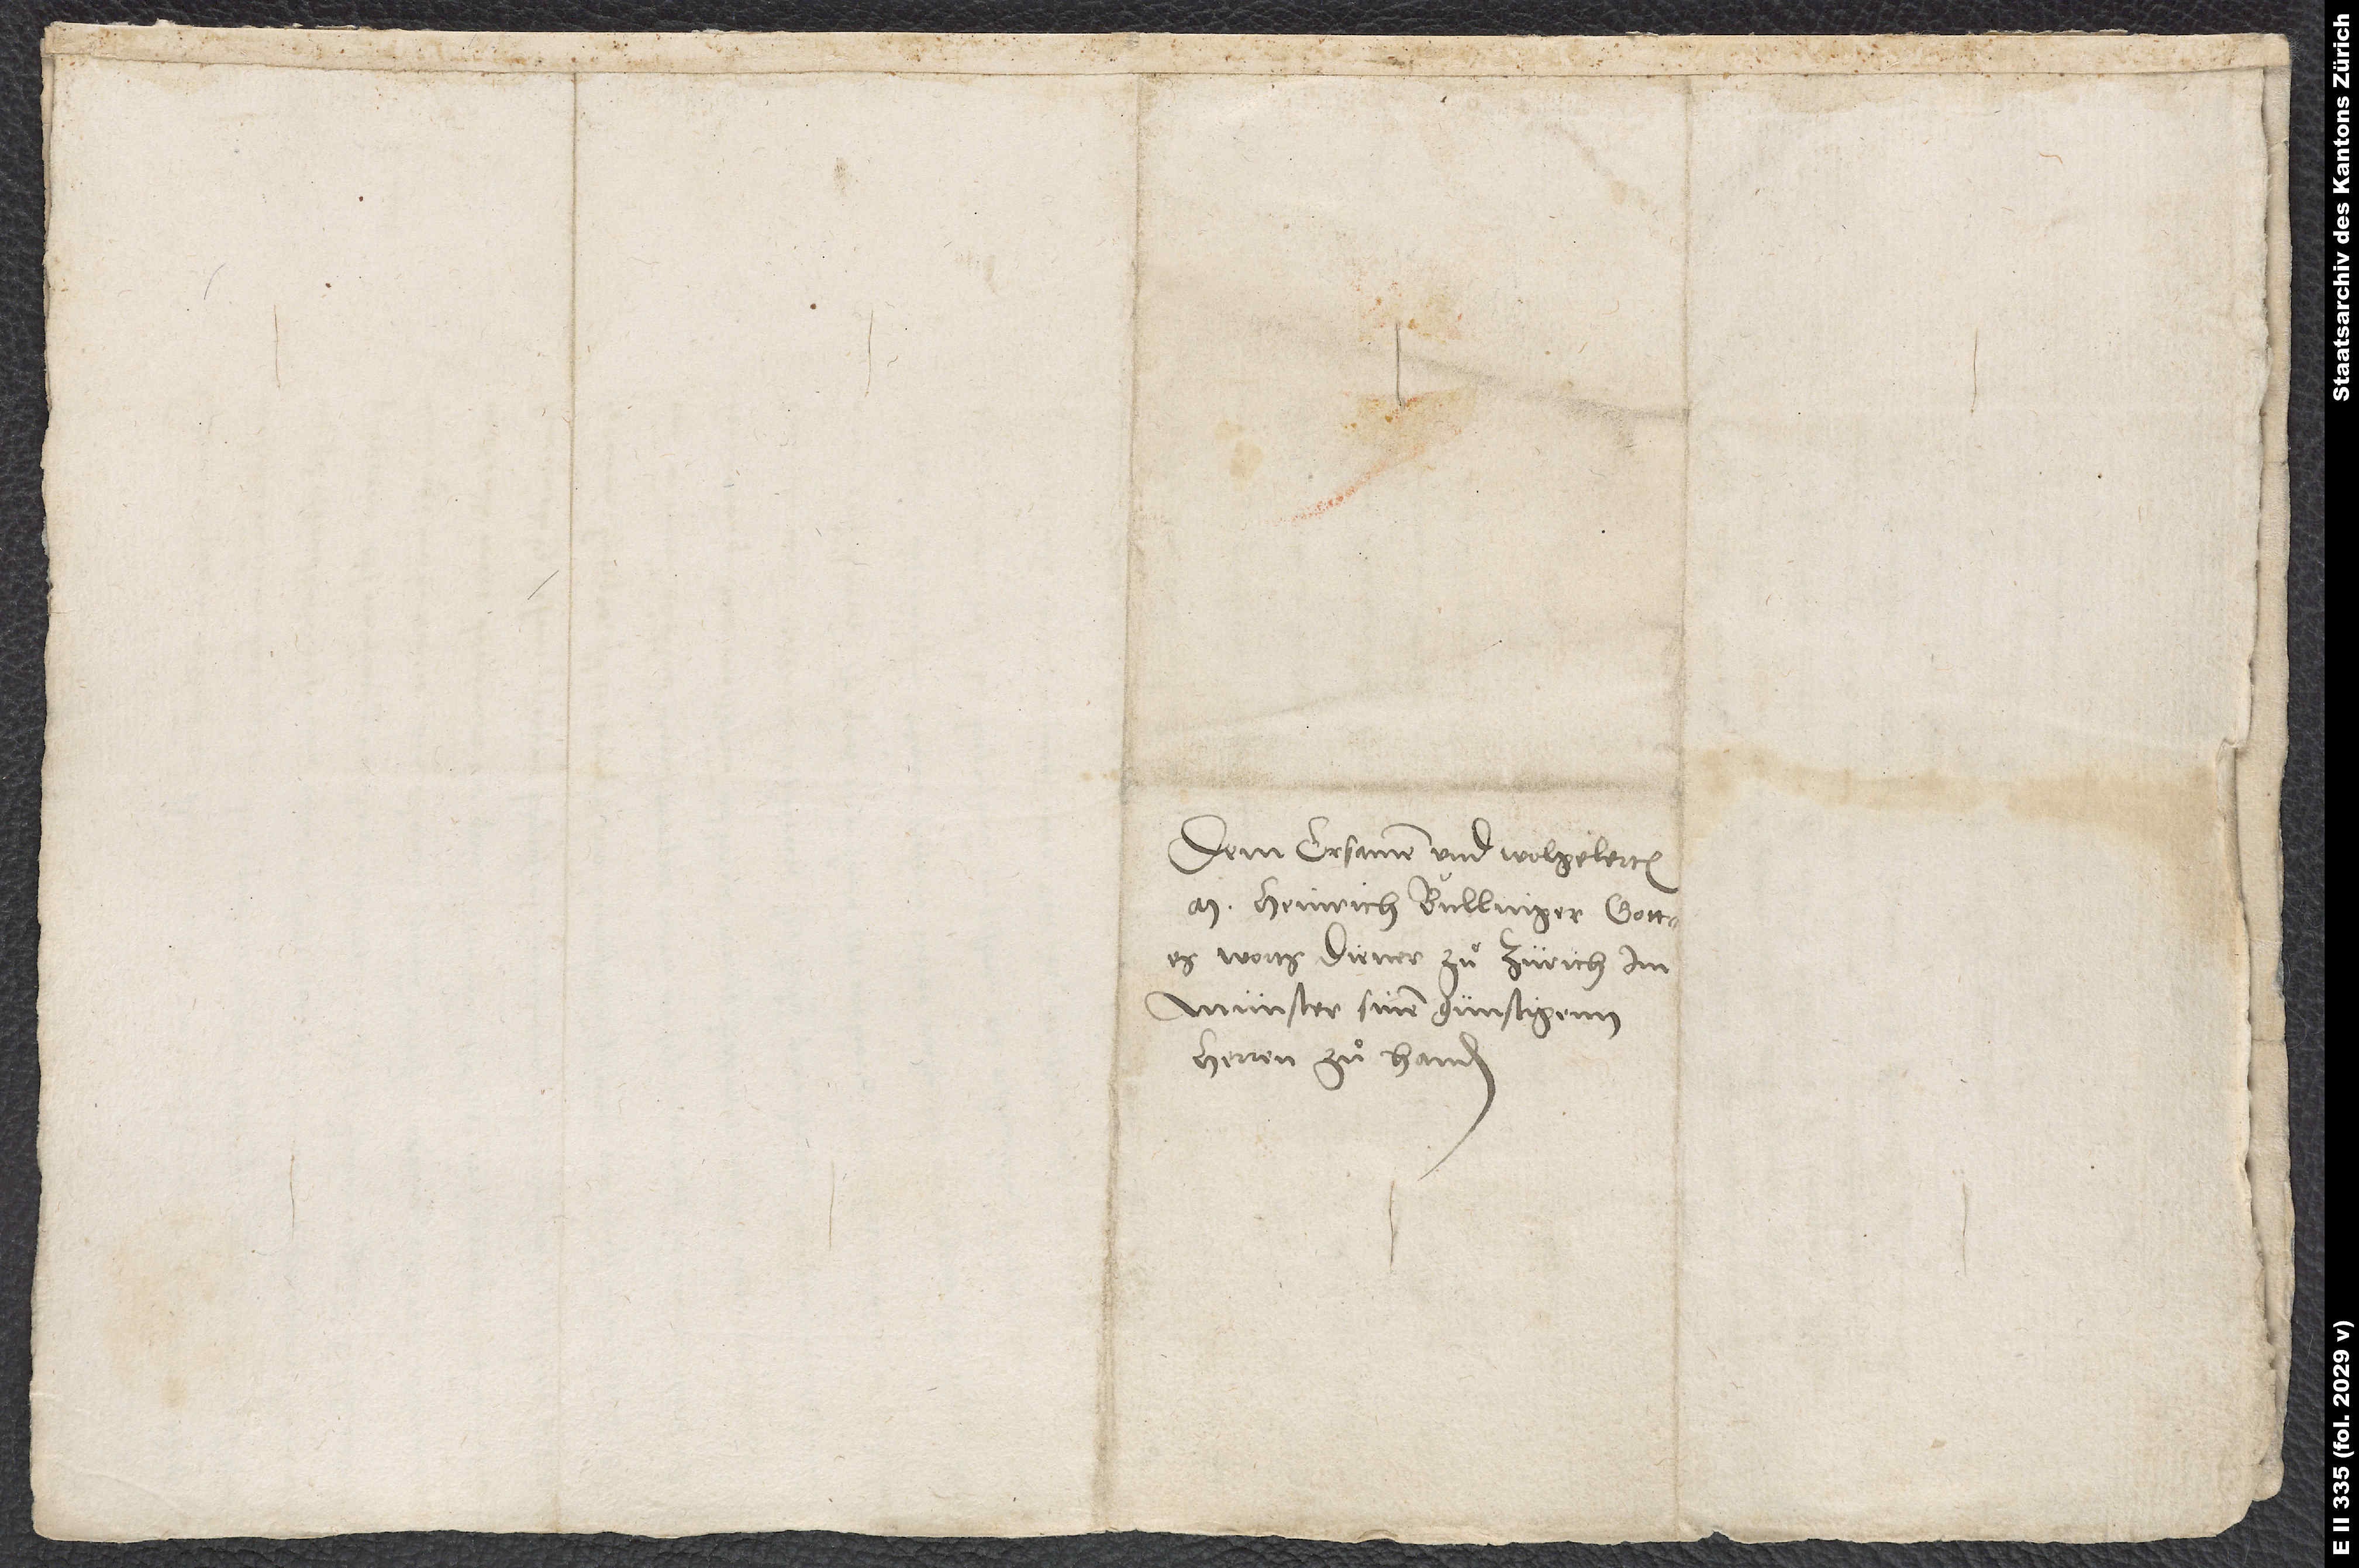
Dem ersamen und wolgelerten
M. Heinrich Bullinger, gottes
worts diener zuͦ Zürich im
Münster, sinem günstigenn
herren zuͦ handen.